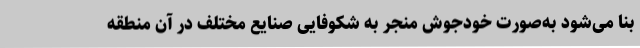
بنا می‌شود به‌صورت ‌خودجوش منجر به شکوفایی صنایع مختلف در آن منطقه